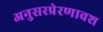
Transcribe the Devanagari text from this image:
अनुसरप्रेरणावश